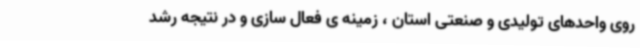
روی واحدهای تولیدی و صنعتی استان ، زمینه ی فعال سازی و در نتیجه رشد